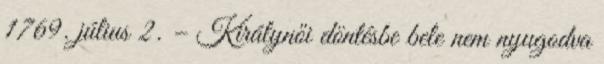
1769. július 2. – Királynői döntésbe bele nem nyugodva